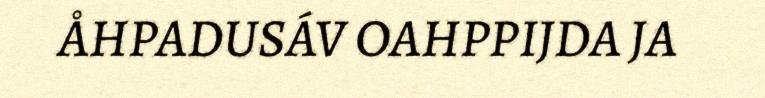
ÅHPADUSÁV OAHPPIJDA JA